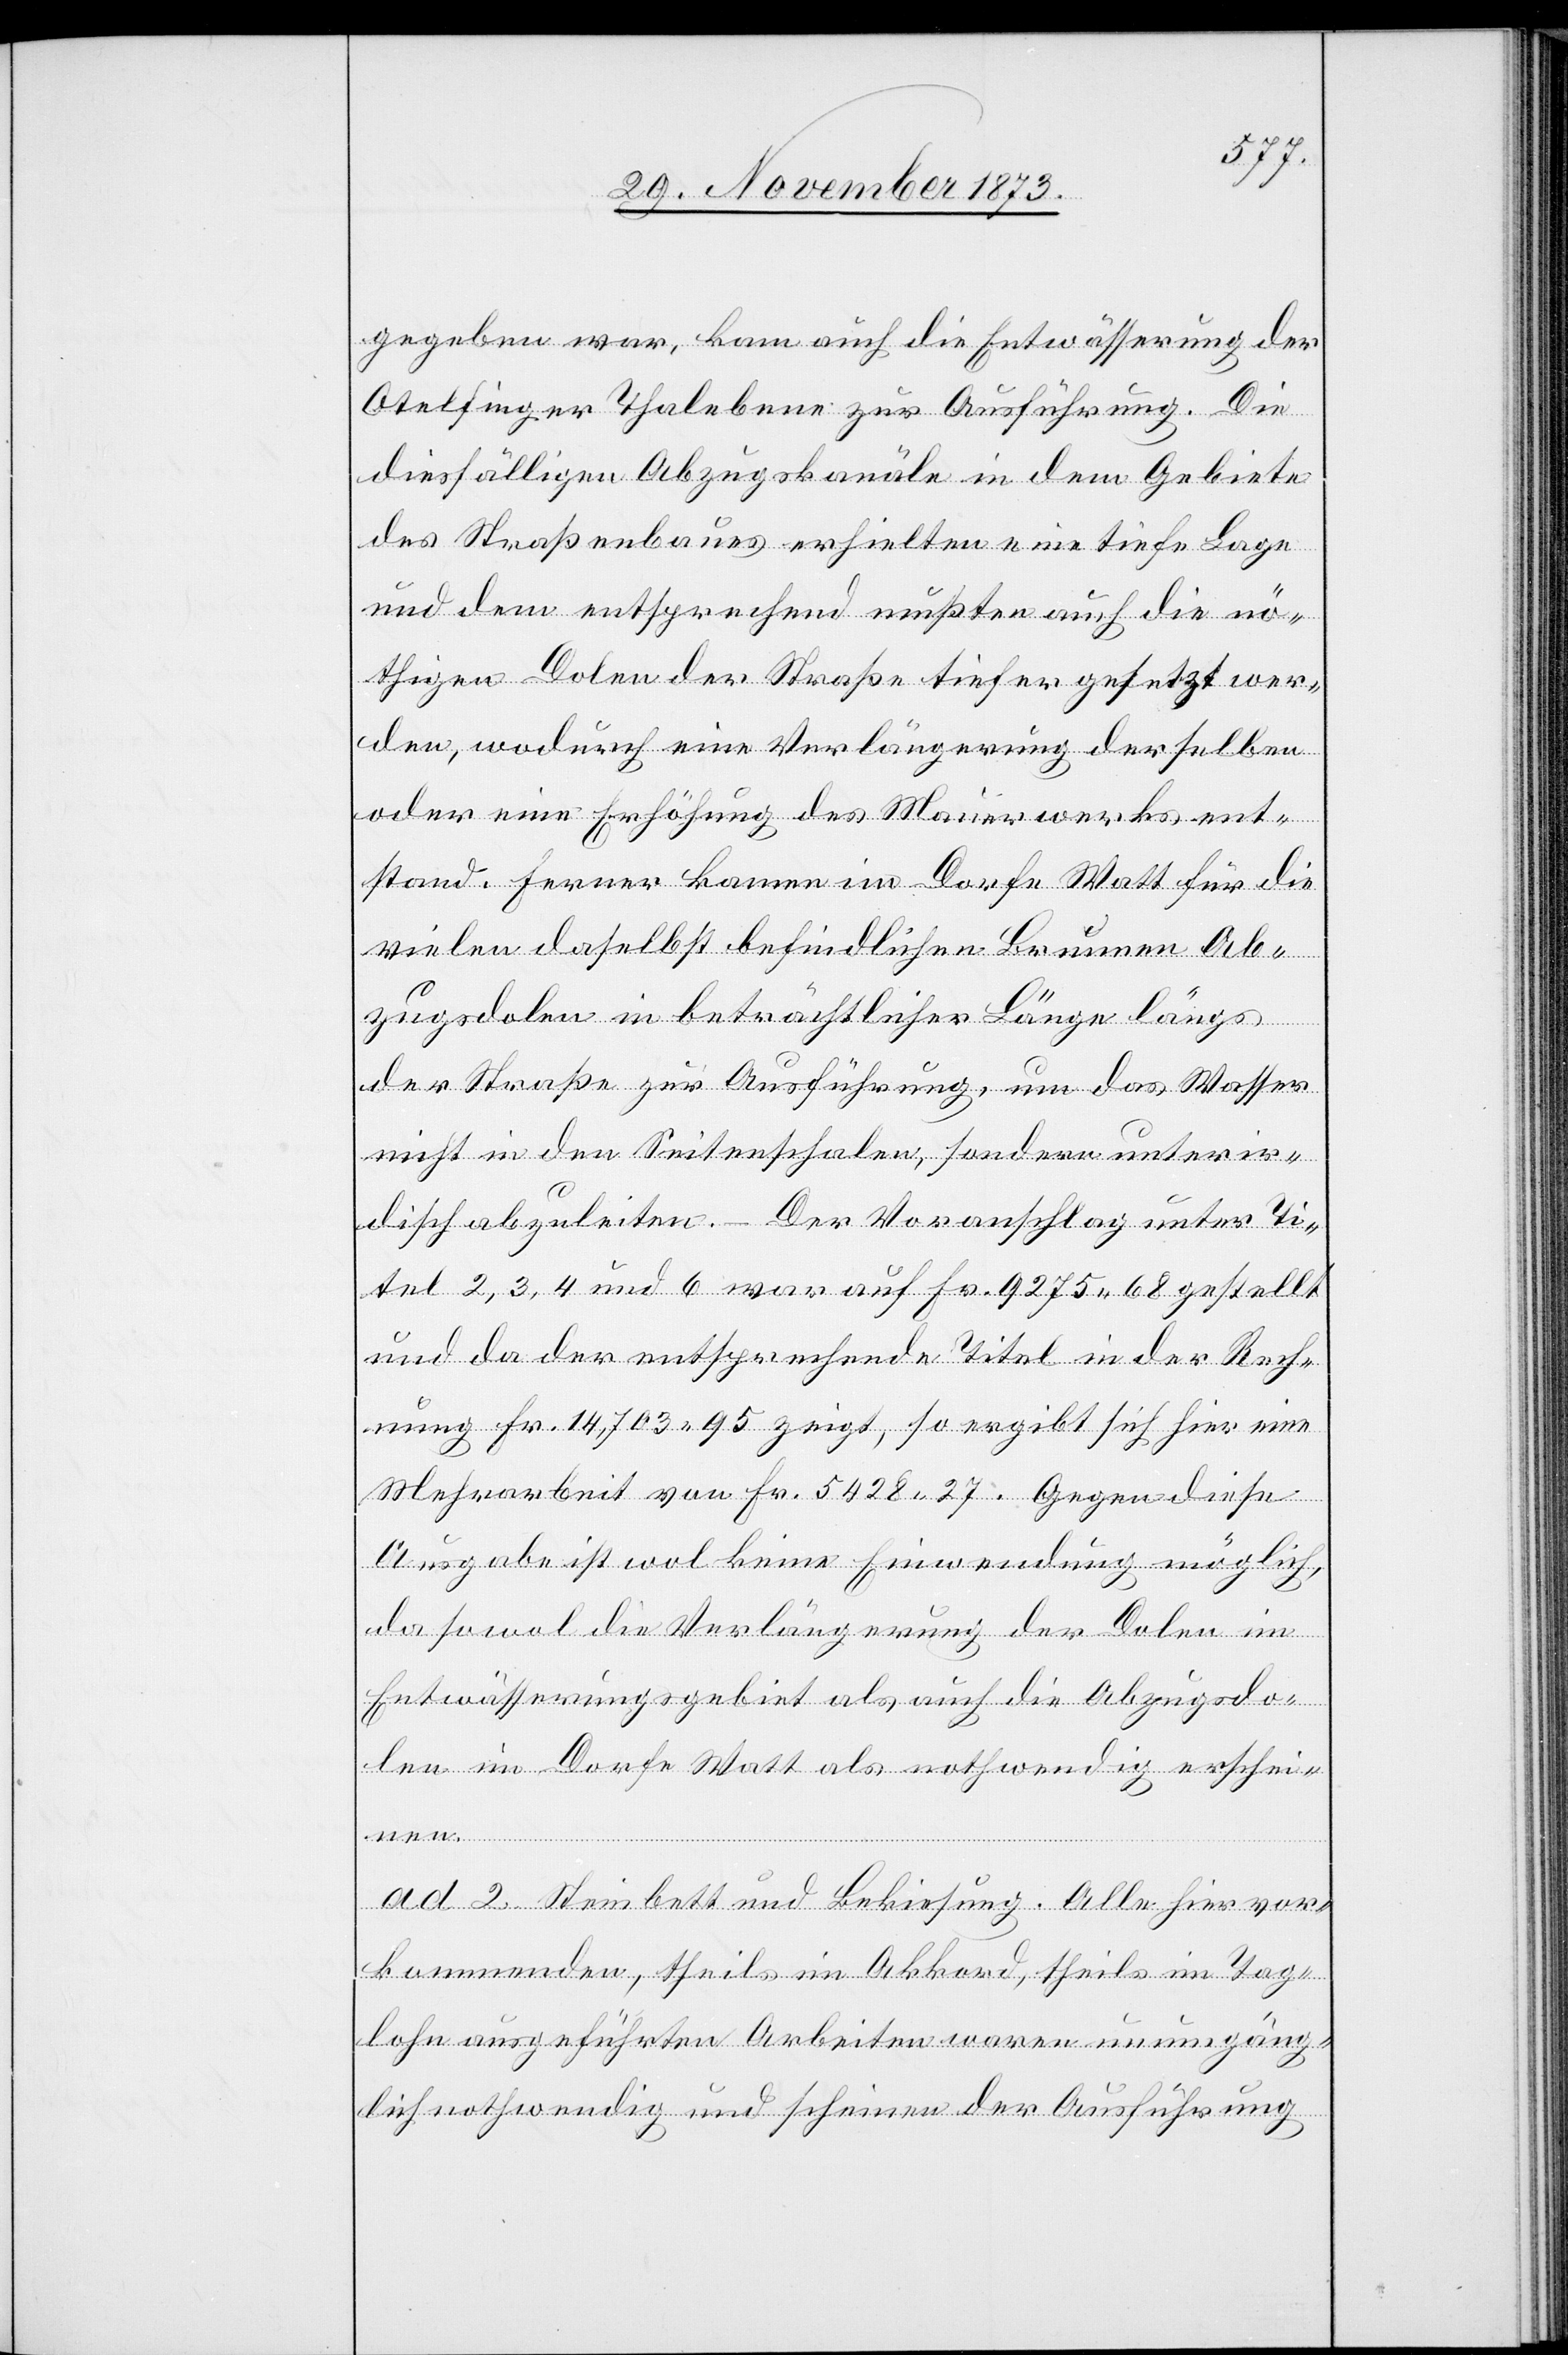
gegeben war, kam auch die Entwässerung der
Otelfinger Thalebene zur Ausführung. Die
diesfälligen Abzugskanäle in dem Gebiete
des Straßenbaues erhielten eine tiefe Lage
und dem entsprechend mußten auch die nö¬
thigen Dolen der Straße tiefer gesetzt wer¬
den, wodurch eine Verlängerung derselben
oder eine Erhöhung des Mauerwerks ent¬
stand. Ferner kamen im Dorfe Watt für die
vielen daselbst befindlichen Brunnen Ab¬
zugsdolen in beträchtlicher Länge längs
der Straße zur Ausführung, um das Wasser
nicht in den Seitenschalen, sondern unterir¬
disch abzuleiten. – Der Voranschlag unter Ti¬
tel 2, 3, 4 und 6 war auf Fr. 9 275 68 gestellt
und da der entsprechende Titel in der Rech¬
nung Fr. 14,703 95 zeigt, so ergibt sich hier eine
Mehrarbeit von Fr. 5 428 27. Gegen diese
Ausgabe ist wol keine Einwendung möglich,
da sowol die Verlängerung der Dolen im
Entwässerungsgebiet als auch die Abzugsdo¬
len im Dorfe Watt als nothwendig erscheinen.
ad 2. Steinbett und Bekiesung. Alle hier vor¬
kommenden, theils im Akkord, theils im Tag¬
lohn ausgeführten Arbeiten waren unumgäng¬
lich nothwendig und scheinen der Ausführung